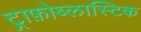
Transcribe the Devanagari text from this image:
ट्राफ़ोब्लास्टिक